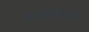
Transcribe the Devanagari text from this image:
वनसंसाधन